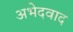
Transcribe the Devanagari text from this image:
अभेदवाद